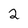
Character: 2